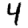
Digit: 4